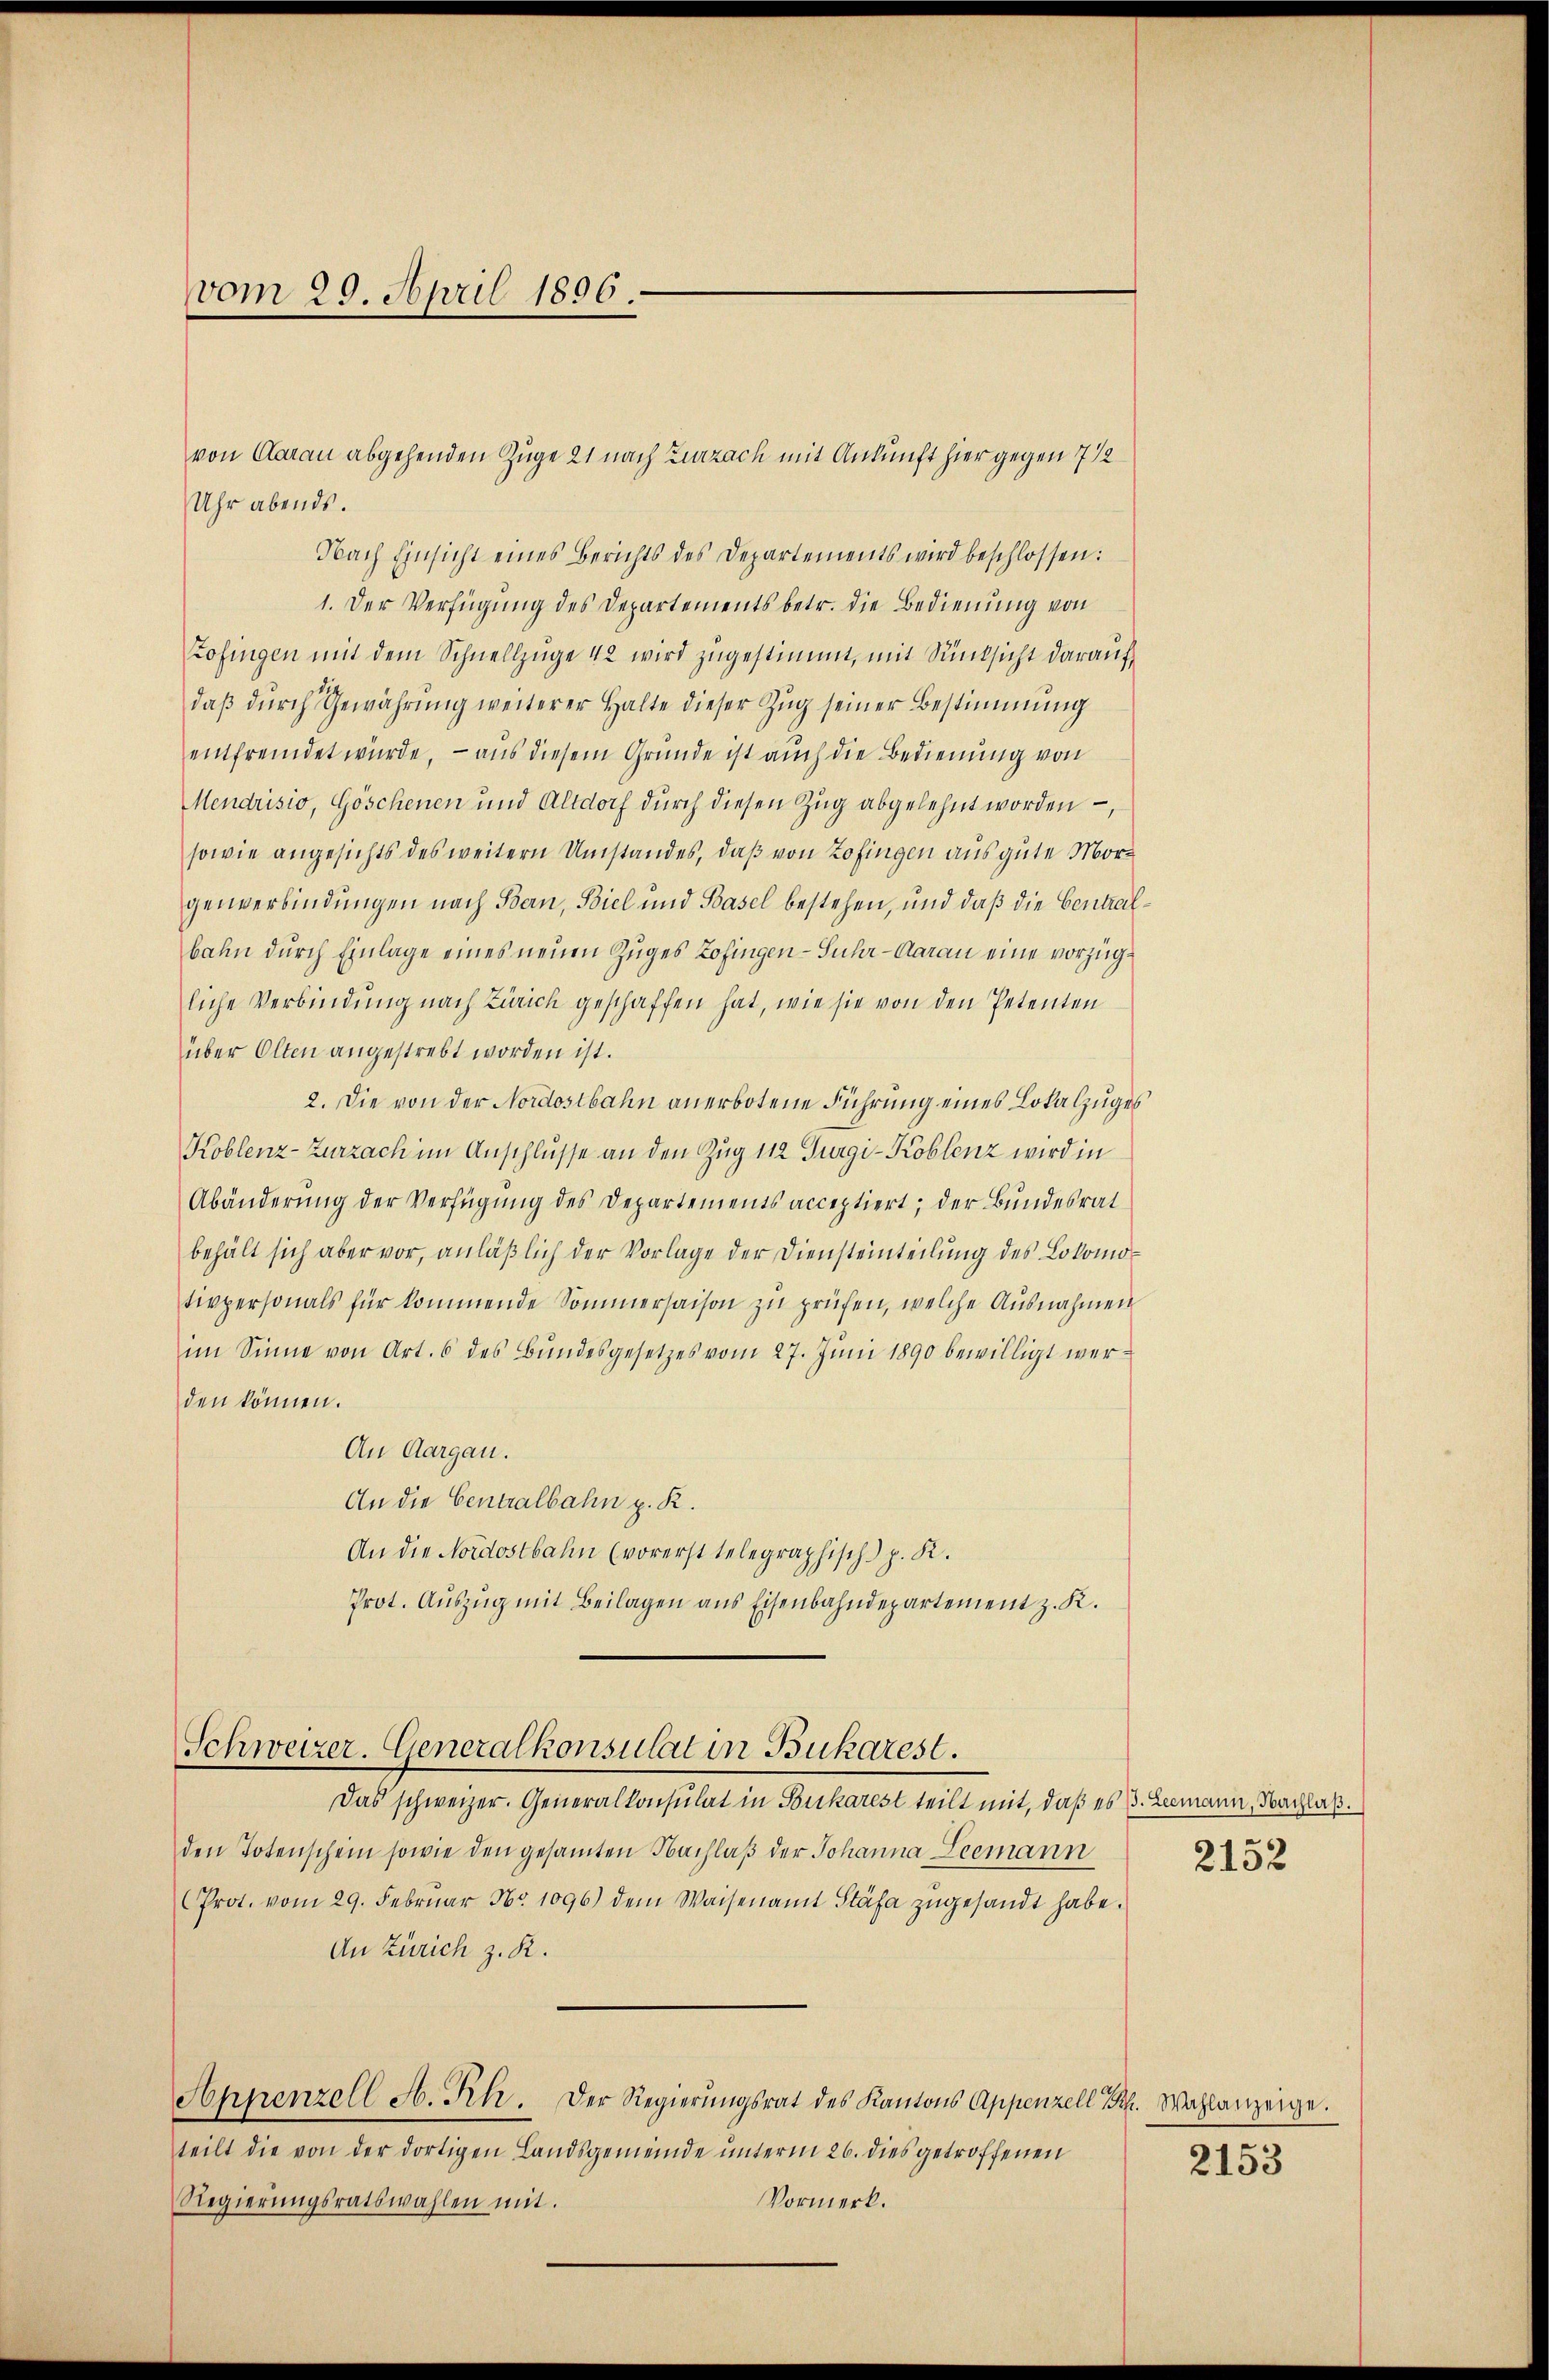
vom 29. April 1896.

Uhr abends.
Nach Einsicht eines Berichts des Departements wird beschlossen:
1. Der Verfügung des Departements betr. die Bedienung von
Zofingen mit dem Schnellzüge 42 wird zŭgestimmt, mit Rücksicht daraŭf
daβ dŭrch Gewährŭng weiterer Halte dieser Zŭg seiner Bestimmung
entfremdet würde, – aus diesem Grunde ist auch die Bedienung von
Mendrisio, Göschenen und Altdorf dŭrch diesen Zŭg abgelehnt worden,
sowie angesichts des weitern Umstandes, daß von Zofingen aus gute Morgenverbindungen nach Bern, Biel und Basel bestehen, und daß die Central
bahn durch Einlage eines neuen Zuges Zofingen - Suhr-Aarau eine vorzügliche Verbindung nach Zürich geschaffen hat, wie sie von den Petenten
über Olten angestrebt worden ist.
2. Die von der Nordostbahn anerbotene Führung eines Lokalzuges
Koblenz-Zurzach im Anschlusse an den Zug 112 Gurgi-Koblenz wird in
Abänderŭng der Verfügŭng des Departements acceptiert; der Bundesrat
behält sich aber vor, anläβlich der Vorlage der Diensteinteilŭng des Lokomotivpersonals für kommende Sommersaison zu prüfen, welche Ausnahmen
im Sinne von Art. 6 des Bundesgesetzes vom 27. Juni 1890 bewilligt werden können.
An Aargau.
An die Centralbahn z. R.
An die Nordostbahn (vorerst telegraphisch p. K.
Prot. Aŭszŭg mit Beilagen ans Eisenbahndepartement z. K.
Schweizer. Generalkonsulat in Bukarest.
Das schweizer. Generalkonsulat in Burkarest teilt mit, daß es B. Leemann, Nachlaß.
den Totenschein sowie den gesamten Nachlaβ der Johanna Leemann
Prot. vom 29. Febrŭar No. 1096) dem Waisenamt Stäfa zŭgesandt habe.
An Zürich z. R.
Appenzell A. Rh. Der Regierŭngsrat des Kantons Appenzell Frk. Wahlanzeige.
teilt die von der dortigen Landsgemeinde unterm 26. dies getroffenen
Regierungsratswahlen mit.
Vormerk.

von Clarau abgehenden Zuge 21 nach Zurzach mit Ankunft hier gegen 7 1/2

2152

2153